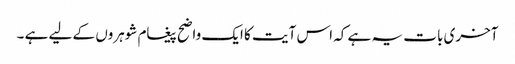
آخری بات یہ ہے کہ اس آیت کا ایک واضح پیغام شوہروں کے لیے ہے ۔